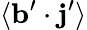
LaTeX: \langle{{\mathbf{b}}^{\prime}\cdot{\mathbf{j}}^{\prime}}\rangle